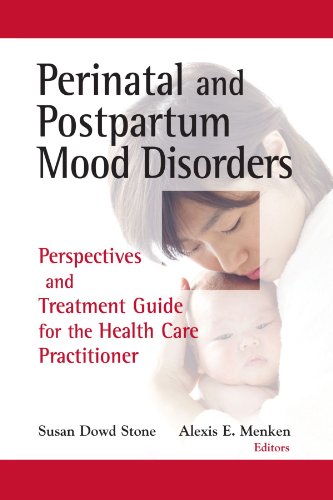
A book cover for Perinatal and Postpartum Mood Disorders: Perspectives and Treatment Guide for the Health Care Practitioner; Health, Fitness & Dieting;